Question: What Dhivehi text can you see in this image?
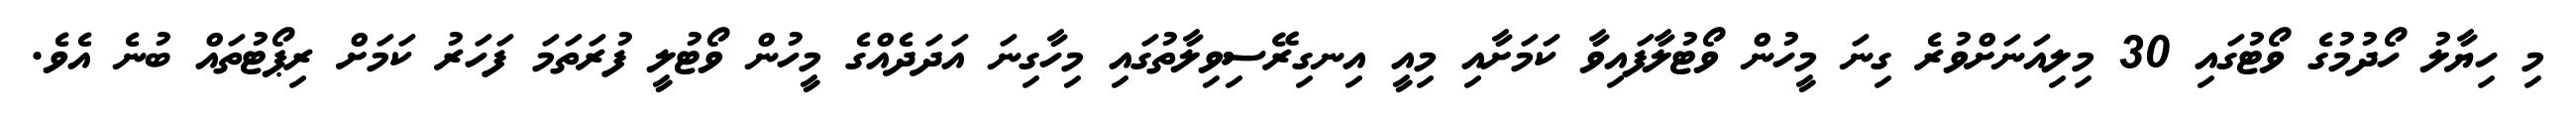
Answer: މި ހިޔާލު ހޯދުމުގެ ވޯޓުގައި 30 މިލިއަނަށްވުރެ ގިނަ މީހުން ވޯޓުލާފައިވާ ކަމަށާއި މިއީ އިނގިރޭސިވިލާތުގައި މިހާގިނަ އަދަދެއްގެ މީހުން ވޯޓުލީ ފުރަތަމަ ފަހަރު ކަމަށް ރިޕޯޓުތައް ބުނެ އެވެ.